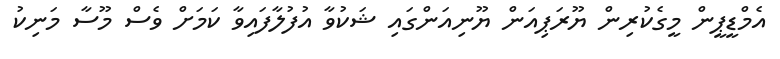
އެމްޑީޕީން މީގެކުރިން ޔޫރަޕިއަން ޔޫނިއަންގައި ޝަކުވާ އުފުލާފައިވާ ކަމަށް ވެސް މޫސާ މަނިކު